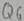
Text: Q6